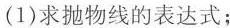
(1)求抛物线的表达式；